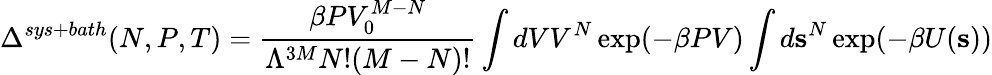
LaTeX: \Delta^{sys+bath}(N,P,T)={\frac{\beta PV_{0}^{M-N}}{\Lambda^{3M}N!(M-N)!}}\int dVV^{N}\exp({-\beta PV})\int d\mathbf{s}^{N}\exp(-\beta U(\mathbf{s}))